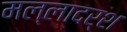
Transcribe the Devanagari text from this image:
मल्लादर्श